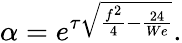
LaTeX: \alpha=e^{\tau\sqrt{\frac{f^{2}}{4}-\frac{24}{We}}}.